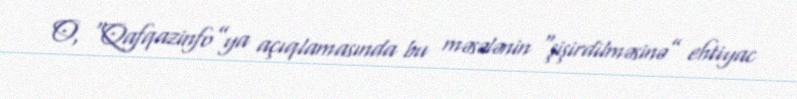
O, “Qafqazinfo”ya açıqlamasında bu məsələnin “şişirdilməsinə” ehtiyac